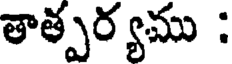
తాత్పర్యము :